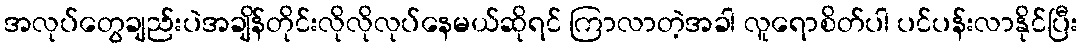
အလုပ်တွေချည်းပဲအချိန်တိုင်းလိုလိုလုပ်နေမယ်ဆိုရင် ကြာလာတဲ့အခါ လူရောစိတ်ပါ ပင်ပန်းလာနိုင်ပြီး